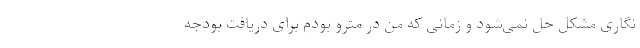
‌نگاری مشکل حل نمی‌شود و زمانی که من در مترو بودم برای دریافت بودجه